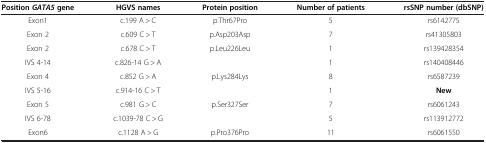
| Position GATA5 gene | HGVS names | Protein position | Number of patients | rsSNP number (dbSNP) |
 | --- | --- | --- | --- | --- |
 | Exon1 | c.199 A > C | p.Thr67Pro | 5 | rs6142775 |
 | Exon 2 | c.609 C > T | p.Asp203Asp | 7 | rs41305803 |
 | Exon 2 | c.678 C > T | p.Leu226Leu | 1 | rs139428354 |
 | IVS 4-14 | c.826-14 G > A |  | 1 | rs140408446 |
 | Exon 4 | c.852 G > A | p.Lys284Lys | 8 | rs6587239 |
 | IVS 5-16 | c.914-16 C > T |  | 1 | New |
 | Exon 5 | c.981 G > C | p.Ser327Ser | 7 | rs6061243 |
 | IVS 6-78 | c.1039-78 C > G |  | 5 | rs113912772 |
 | Exon6 | c.1128 A > G | p.Pro376Pro | 11 | rs6061550 |